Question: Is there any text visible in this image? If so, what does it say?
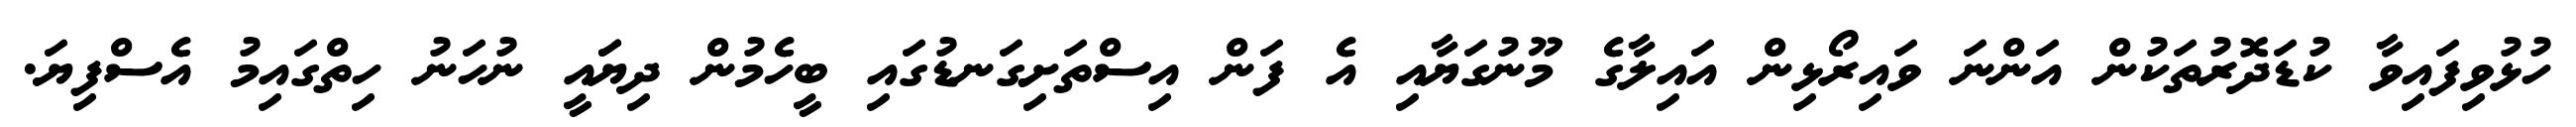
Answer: ހުޅުވިފައިވާ ކުޑަދޮރުތަކުން އަންނަ ވައިރޯޅިން އައިލާގެ މޫނުގަޔާއި އެ ފަން އިސްތަށިގަނޑުގައި ބީހެމުން ދިޔަައީ ނުހަނު ހިތްގައިމު އެސްފިޔަ.